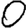
Digit: 0